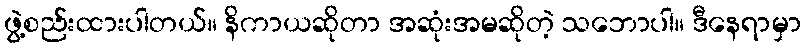
ဖွဲ့စည်းထားပါတယ်။ နိကာယဆိုတာ အဆုံးအမဆိုတဲ့ သဘောပါ။ ဒီနေရာမှာ